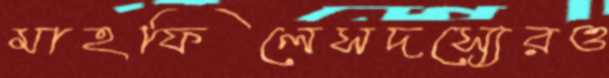
মাহফিলেসদস্যেরও